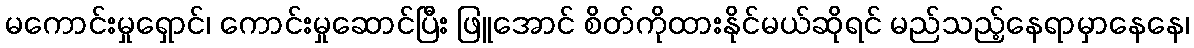
မကောင်းမှုရှောင်၊ ကောင်းမှုဆောင်ပြီး ဖြူအောင် စိတ်ကိုထားနိုင်မယ်ဆိုရင် မည်သည့်နေရာမှာနေနေ၊